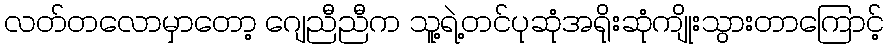
လတ်တလောမှာတော့ ဂျေညီညီက သူ့ရဲ့တင်ပုဆုံအရိုးဆုံကျိုးသွားတာကြောင့်